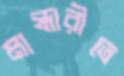
মান্ধারীতে